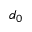
d _ { 0 }